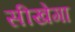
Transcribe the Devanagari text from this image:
सीखेगा